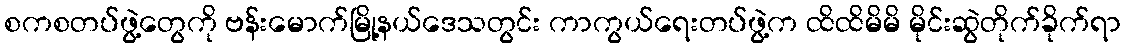
စကစတပ်ဖွဲ့တွေကို ဗန်းမောက်မြို့နယ်ဒေသတွင်း ကာကွယ်ရေးတပ်ဖွဲ့က ထိထိမိမိ မိုင်းဆွဲတိုက်ခိုက်ရာ